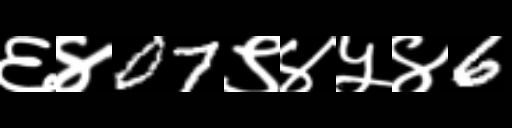
Text: ६४07९४५४6